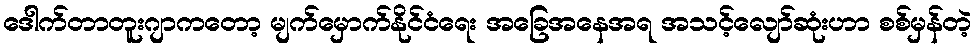
ဒေါက်တာတူးဂျာကတော့ မျက်မှောက်နိုင်ငံရေး အခြေအနေအရ အသင့်လျော်ဆုံးဟာ စစ်မှန်တဲ့